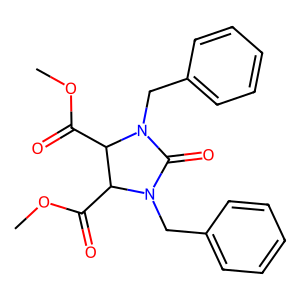
SMILES: COC(=O)C1C(C(=O)OC)N(Cc2ccccc2)C(=O)N1Cc1ccccc1
Inhibits HIV replication: No